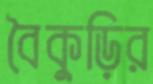
বৈকুড়ির